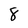
Character: 8